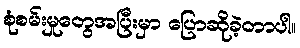
စုံစမ်းမှုတွေအပြီးမှာ ပြောဆိုခဲ့တာပါ။